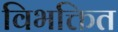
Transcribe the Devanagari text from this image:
विभक्तित